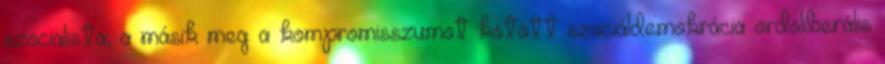
szocialista, a másik meg a kompromisszumot kötött szociáldemokrácia ordoliberális